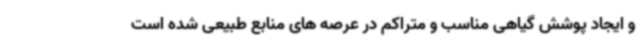
و ایجاد پوشش گیاهی مناسب و متراکم در عرصه های منابع طبیعی شده است